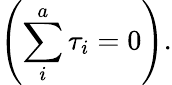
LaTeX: \left(\sum_{i}^{a}\tau_{i}=0\right).